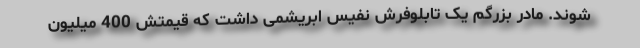
شوند. مادر بزرگم یک تابلوفرش نفیس ابریشمی داشت که قیمتش 400 میلیون